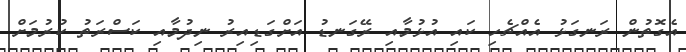
އެގޮތުން ރަނގަޅު އެއްޗެހި ކައި އުޅުމާއި ރޭގަނޑު އަށްގަޑިއިރު ނިދުމާއި ކަސްރަތު ކުރުމަށް